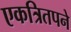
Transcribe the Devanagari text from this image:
एकत्रितपने